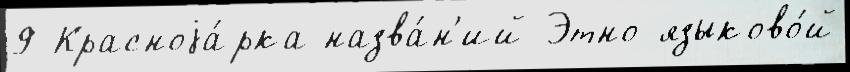
9 Красноjа́рка назва́н'ий Этно-языково́й